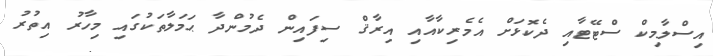
އިސްލާމިކް ސްޓޭޓާއި ދެކޮޅަށް އެމެރިކާއާއި އިރާޤް ސިފައިން ދެމުންދާ ޙަމަލާތަކުގައި މިހާރު އިތުރު